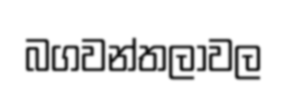
බගවන්තලාවල